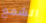
الشمع